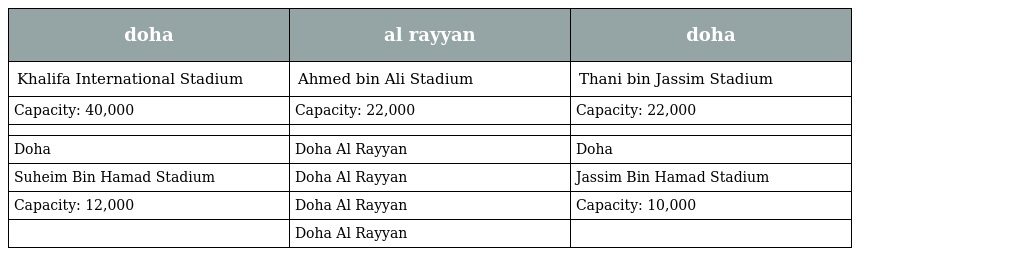
| doha | al rayyan | doha |
 | --- | --- | --- |
 | Khalifa International Stadium | Ahmed bin Ali Stadium | Thani bin Jassim Stadium |
 | Capacity: 40,000 | Capacity: 22,000 | Capacity: 22,000 |
 |  |  |  |
 | Doha | Doha Al Rayyan | Doha |
 | Suheim Bin Hamad Stadium | Doha Al Rayyan | Jassim Bin Hamad Stadium |
 | Capacity: 12,000 | Doha Al Rayyan | Capacity: 10,000 |
 |  | Doha Al Rayyan |  |